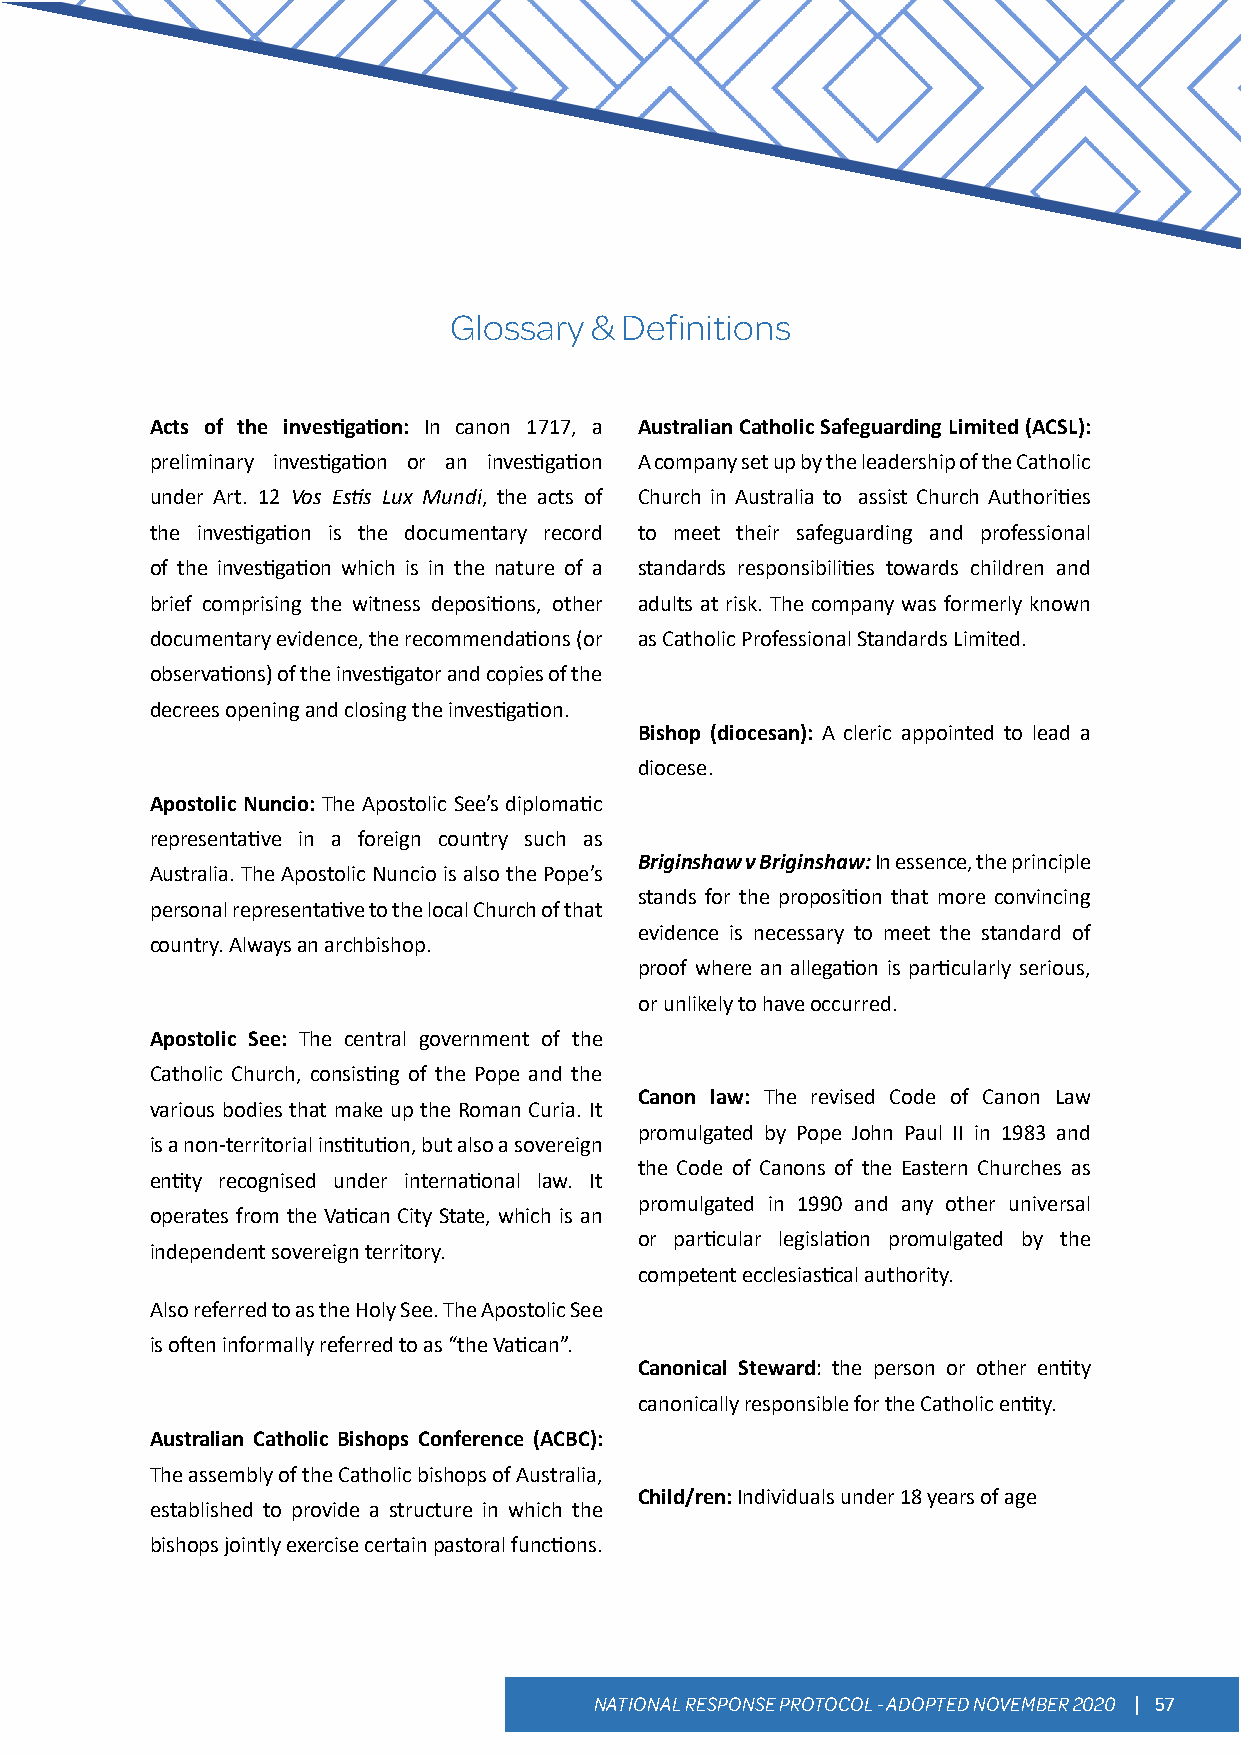
Glossary & Definitions
 Acts of the investigation: In canon 1717, a Australian Catholic Safeguarding Limited (ACSL):
 preliminary investigation or an investigation A company set up by the leadership of the Catholic
 under Art. 12 Vos Estis Lux Mundi, the acts of Church in Australia to assist Church Authorities
 the investigation is the documentary record to meet their safeguarding and professional
 of the investigation which is in the nature of a standards responsibilities towards children and
 brief comprising the witness depositions, other adults at risk. The company was formerly known
 documentary evidence, the recommendations (or as Catholic Professional Standards Limited.
 observations) of the investigator and copies of the
 decrees opening and closing the investigation.
 Bishop (diocesan): A cleric appointed to lead a
 diocese.
 Apostolic Nuncio: The Apostolic See’s diplomatic
 representative in a foreign country such as
 Briginshaw v Briginshaw: In essence, the principle
 Australia. The Apostolic Nuncio is also the Pope’s
 stands for the proposition that more convincing
 personal representative to the local Church of that
 evidence is necessary to meet the standard of
 country. Always an archbishop.
 proof where an allegation is particularly serious,
 or unlikely to have occurred.
 Apostolic See: The central government of the
 Catholic Church, consisting of the Pope and the
 Canon law: The revised Code of Canon Law
 various bodies that make up the Roman Curia. It
 promulgated by Pope John Paul II in 1983 and
 is a non-territorial institution, but also a sovereign
 the Code of Canons of the Eastern Churches as
 entity recognised under international law. It
 promulgated in 1990 and any other universal
 operates from the Vatican City State, which is an
 or particular legislation promulgated by the
 independent sovereign territory.
 competent ecclesiastical authority.
 Also referred to as the Holy See. The Apostolic See
 is often informally referred to as “the Vatican”.
 Canonical Steward: the person or other entity
 canonically responsible for the Catholic entity.
 Australian Catholic Bishops Conference (ACBC):
 The assembly of the Catholic bishops of Australia,
 Child/ren: Individuals under 18 years of age
 established to provide a structure in which the
 bishops jointly exercise certain pastoral functions.
 NATIONAL RESPONSE PROTOCOL - ADOPTED NOVEMBER 2020 | 57